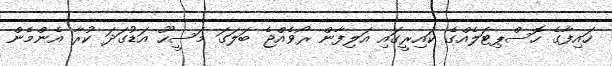
ހައިފާގެ ހޮސްޕިޓަލެއްގެ ކައިރީގައި އަލިފާން ރޯވެއްޖެ ބަލަގަ މަސީހޫ އަޑުގަދަ ކުރާ އެންމެން